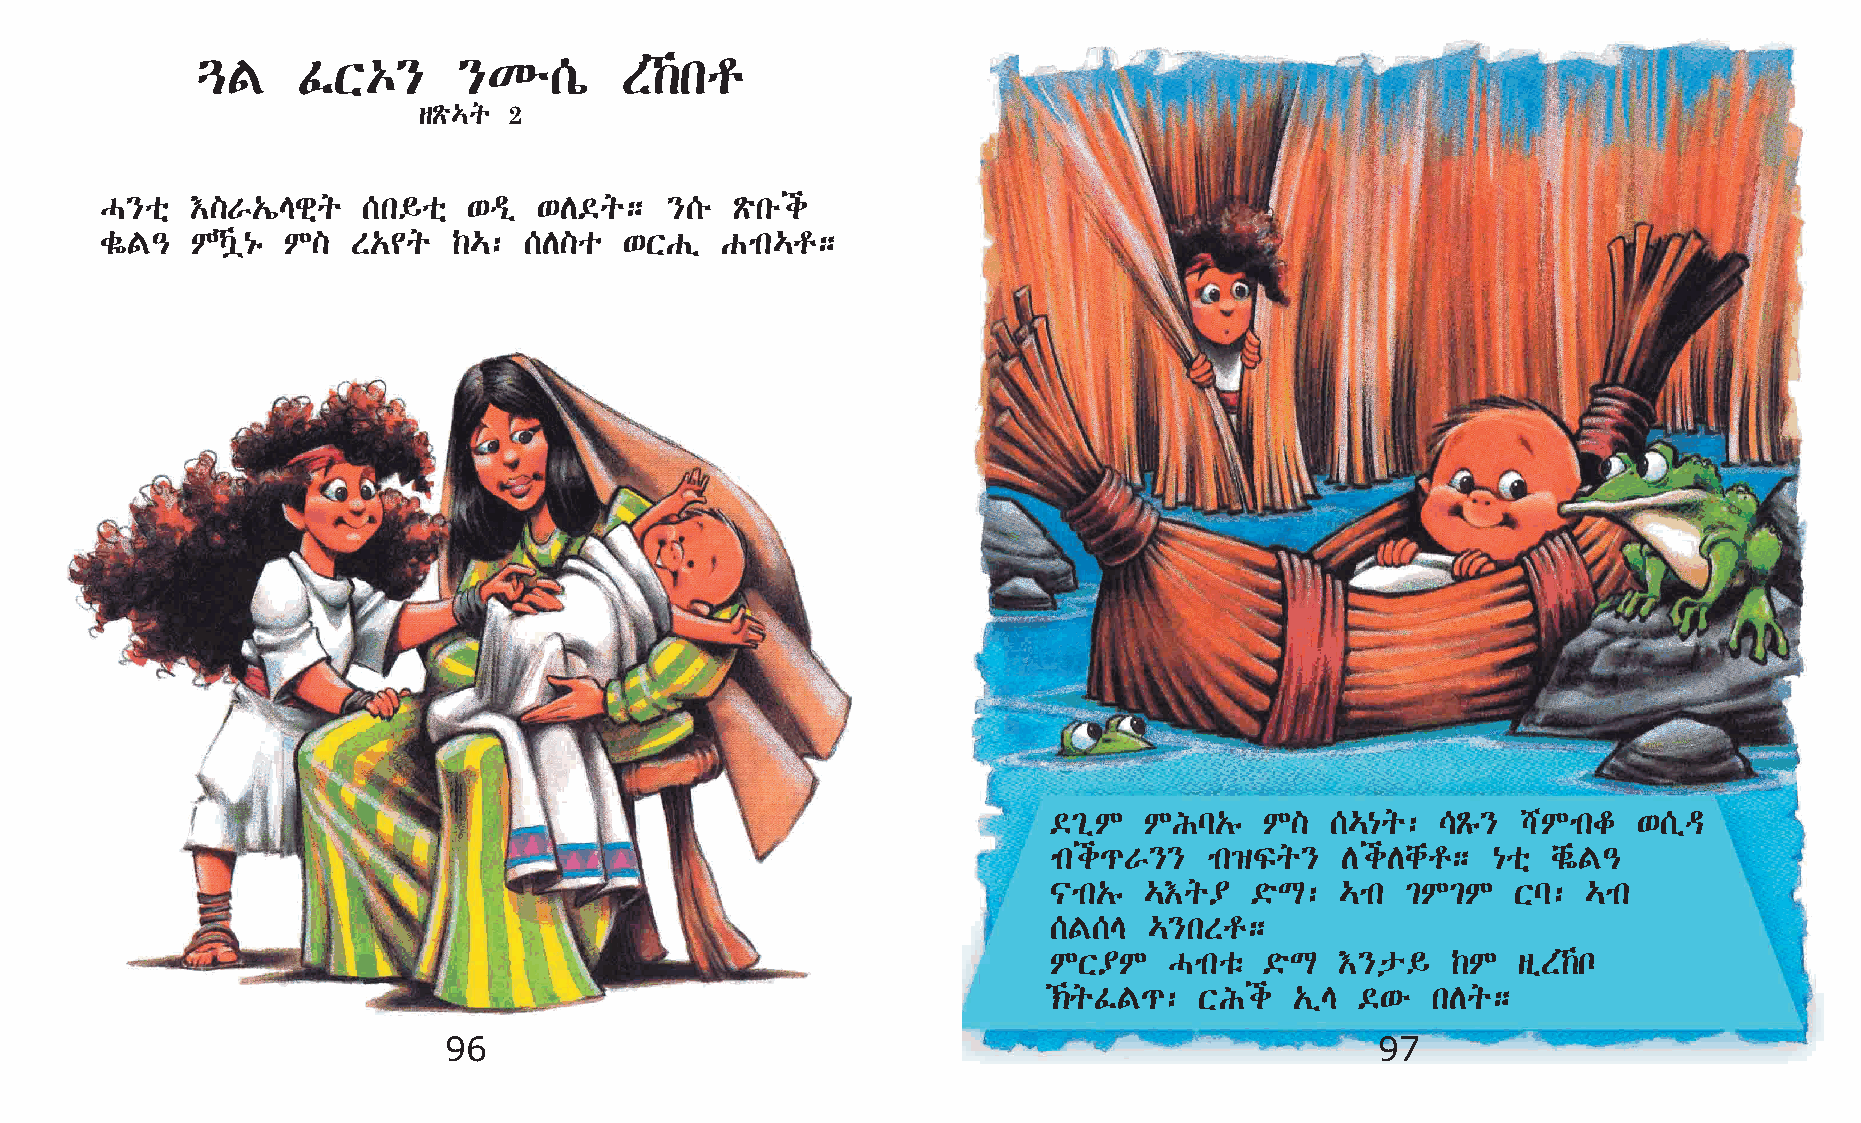
¶F     ÊX‡}      }Ké[ò      S‰kr
 sÃö…q 2
 H}oñ  †]V„íEgñq  [k§oñ  ‘ªï  ‘D©q;   }[é  Ãökéi
 cøF–  MŠú{ê M] S„¢q   ‰…:  [D]o  ‘XGï   Gmk…r;
 ©²ïM   MIl„ê   M]  […{q:  \Ãê}  `Mmkf  ‘[ïª
 mki¹V}}    mk›Ïq}   DiDchr;   {oñ chøF–
 |mk„ê  …†q¥   ©öL:  …mk ²M²M   Xl:  …mk
 [F[E   …}kSr;
 MX¥M    Hmkoë  ©öL  †}p§   ‰M  sïS‰n
 ‹qÊF¹:   XIi    „ïE ©‘é  kDq;
 96                                                            97